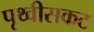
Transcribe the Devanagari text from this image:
पृथ्वीसकट